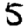
Digit: 5